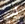
لدي